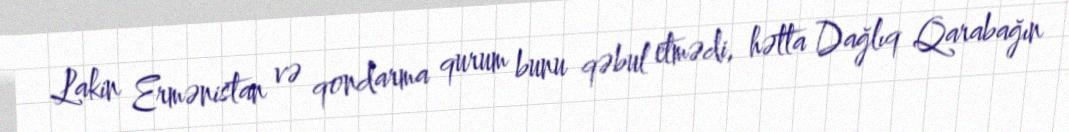
Lakin Ermənistan və qondarma qurum bunu qəbul etmədi, hətta Dağlıq Qarabağın